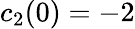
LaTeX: c_{2}(0)=-2